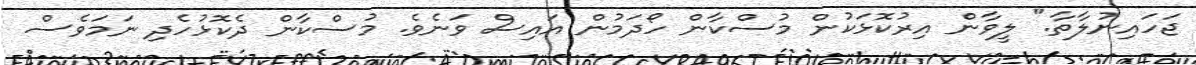
ޖަހައިނުލާތާ." ލީވާން އިރުކޮޅަކުން މުސްކާން ހޯދަމުން އައިސް ވަނެވެ. މުސްކާން ދެކޮޅުހެދި ނަމަވެސް